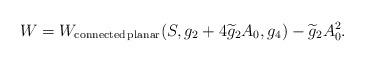
LaTeX: \begin{align*}W = W_{{\rm connected\,planar}}(S,g_2 + 4 \widetilde{g}_2 A_0,g_4) -\widetilde{g}_2 A_0^2.\end{align*}